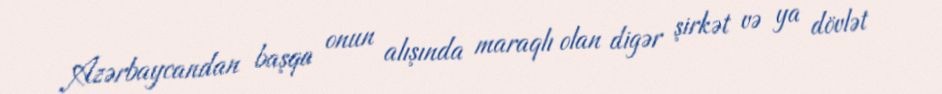
Azərbaycandan başqa onun alışında maraqlı olan digər şirkət və ya dövlət